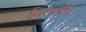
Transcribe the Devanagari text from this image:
निखारी।